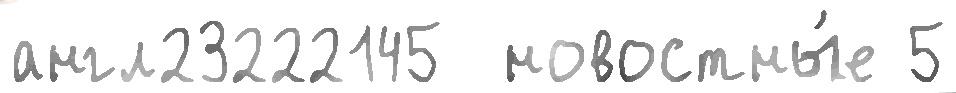
англ23222145  новостны́е 5